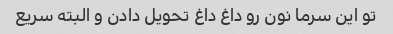
تو این سرما نون رو داغ داغ تحویل دادن و البته سریع